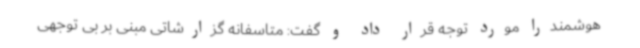
هوشمندرا مورد توجه قرار داد و گفت: متاسفانه گزارشاتی مبنی بر بی توجهی